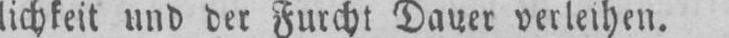
lichkeit und der Furcht Dauer verleihen.